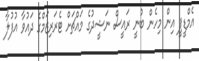
އެމްޑީޕީ އިން މިހެން ބުނީ ރައީސް ނަޝީދުގެ މައްޗަށް ޓެރަރިޒަމްގެ ދައުވާ އުފުލާ